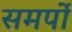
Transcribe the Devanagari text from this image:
समर्पो